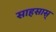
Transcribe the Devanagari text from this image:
साहसास्